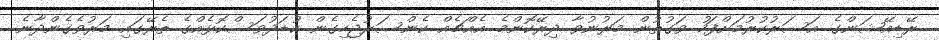
ރޭޑިއޭޝަންގެ އަސަރުކުރުމަށްފަހު ވަގުތުން މަރުނުވާ ދިރޭކޮންމެ އެއްޗެއް ކެންސަރުޖެހިގެން ކުޑަދުވަސްކޮޅެއްގެ ތެރޭގައި މަރުވެގެންދާނެ